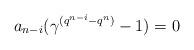
LaTeX: \begin{align*} a_{n-i}(\gamma^{(q^{n-i}-q^n)}-1)=0 \end{align*}